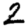
Digit: 2